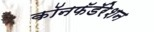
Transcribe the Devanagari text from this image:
कॉनफॅडॅरेशन